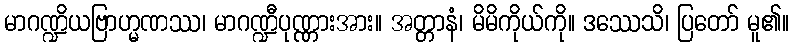
မာဂဏ္ဍိယဗြာဟ္မဏဿ၊ မာဂဏ္ဍီပုဏ္ဏားအား။ အတ္တာနံ၊ မိမိကိုယ်ကို။ ဒဿေသိ၊ ပြတော် မူ၏။